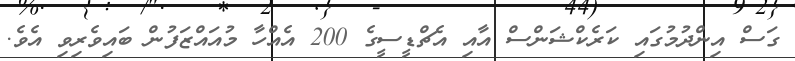
ގަސް އިންދުމުގައި ކަރެކްޝަންސް އާއި އެޗްޑީސީގެ 200 އެއްހާ މުއައްޒަފުން ބައިވެރިވި އެވެ.